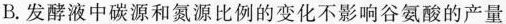
B. 发酵液中碳源和氮源比例的变化不影响谷氨酸的产量